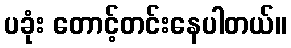
ပခုံး တောင့်တင်းနေပါတယ်။